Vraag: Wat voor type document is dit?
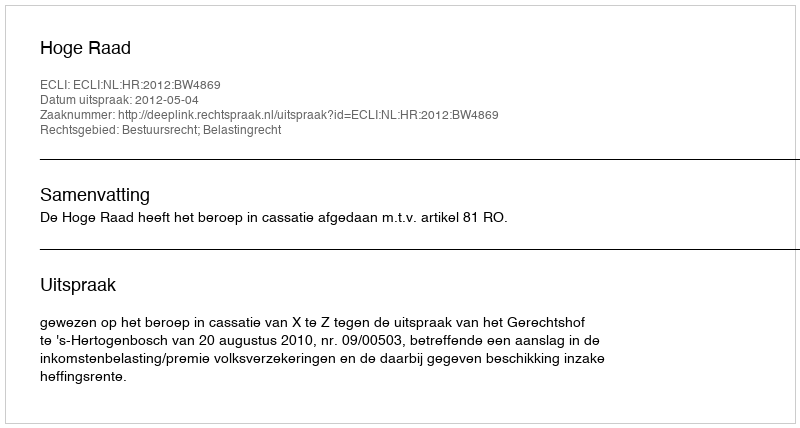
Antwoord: Uitspraak